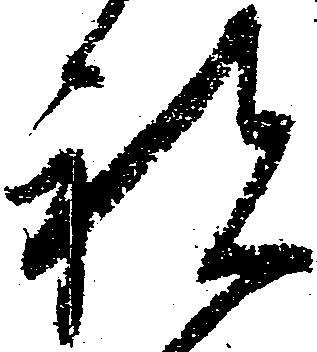
祝